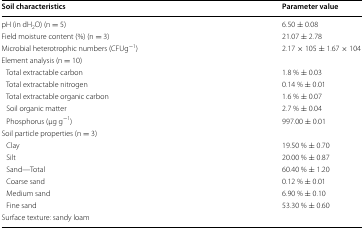
| Soil characteristics | Parameter value |
 | --- | --- |
 | pH (in dH2O) (n = 5) | 6.50 ± 0.08 |
 | Field moisture content (%) (n = 3) | 21.07 ± 2.78 |
 | Microbial heterotrophic numbers (CFUg−1) | 2.17 × 105 ± 1.67 × 104 |
 | Element analysis (n = 10) |  |
 | Total extractable carbon | 1.8 % ± 0.03 |
 | Total extractable nitrogen | 0.14 % ± 0.01 |
 | Total extractable organic carbon | 1.6 % ± 0.07 |
 | Soil organic matter | 2.7 % ± 0.04 |
 | Phosphorus (μg g−1) | 997.00 ± 0.01 |
 | Soil particle properties (n = 3) |  |
 | Clay | 19.50 % ± 0.70 |
 | Silt | 20.00 % ± 0.87 |
 | Sand—Total | 60.40 % ± 1.20 |
 | Coarse sand | 0.12 % ± 0.01 |
 | Medium sand | 6.90 % ± 0.10 |
 | Fine sand | 53.30 % ± 0.60 |
 | Surface texture: sandy loam |  |